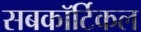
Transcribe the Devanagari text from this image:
सबकॉर्टिकल